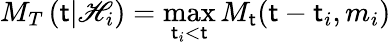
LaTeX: M_{T}\left(\mathsf{t}\vert{\cal\mathscr{H}}_{i}\right)=\operatorname*{max}_{\mathsf{t}_{i}<\mathsf{t}}M_{\mathsf{t}}(\mathsf{t}-\mathsf{t}_{i},m_{i})